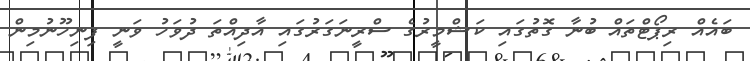
ބައެއް ރިޕޯޓްތައް ބުނާ ގޮތުގައި ކަޝްމީރުގެ ސްރީނަގަރުގައި އާދިއްތަ ދުވަހު ވަނީ ފިނިހޫނުމިން